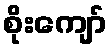
စိုးကျော်